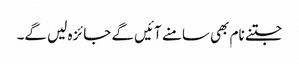
جتنے نام بھی سامنے آئیں گے جائزہ لیں گے۔